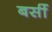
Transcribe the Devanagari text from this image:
बर्सी